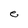
Character: e